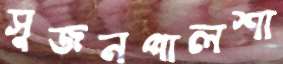
সুজনপালশা